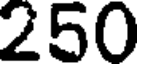
250